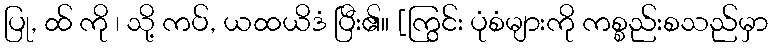
ပြု, ထ် ကို ၊ သို့ ကပ်, ယထယိဒံ ပြီး၏။ [ကြွင်း ပုံစံများကို ကစ္စည်းစသည်မှာ